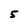
Character: 5